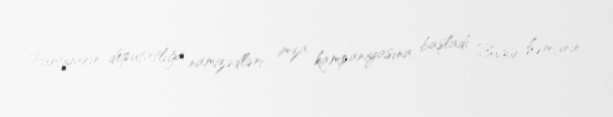
Partiyanın deputatlığa namizədləri imza kampaniyasına başladı Bugün həmçinin